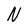
Character: N